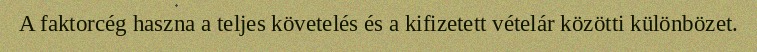
A faktorcég haszna a teljes követelés és a kifizetett vételár közötti különbözet.